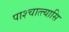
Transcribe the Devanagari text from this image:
पाश्चात्त्यासि